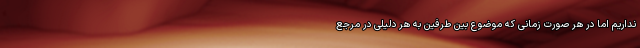
نداریم اما در هر صورت زمانی که موضوع بین طرفین به هر دلیلی در مرجع